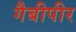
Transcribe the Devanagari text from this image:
गैबीपीर